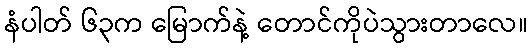
နံပါတ် ၆၃က မြောက်နဲ့ တောင်ကိုပဲသွားတာလေ။